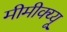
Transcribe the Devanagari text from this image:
मीमीक्य्यू